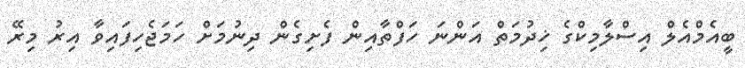
ބީއެމްއެލް އިސްލާމިކްގެ ޚިދުމަތް އަންނަ ހަފްތާއިން ފެށިގެން ދިނުމަށް ހަމަޖެހިފައިވާ އިރު މިރޭ